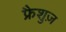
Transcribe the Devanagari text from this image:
फ्रैशुज़